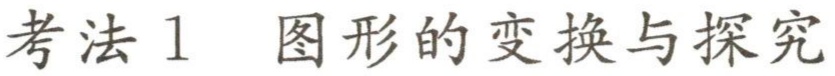
考法1 图形的变换与探究